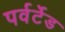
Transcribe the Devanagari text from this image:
पर्वर्टेड